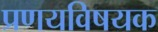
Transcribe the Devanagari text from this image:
प्रणयविषयक